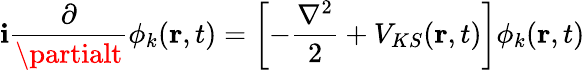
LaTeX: \mathbf{i}\frac{{\partial}}{{\partialt}}\phi_{k}({\mathbf{r}},t)=\left[-\frac{{\nabla^{2}}}{{2}}+V_{KS}({\mathbf{r}},t)\right]\phi_{k}({\mathbf{r}},t)